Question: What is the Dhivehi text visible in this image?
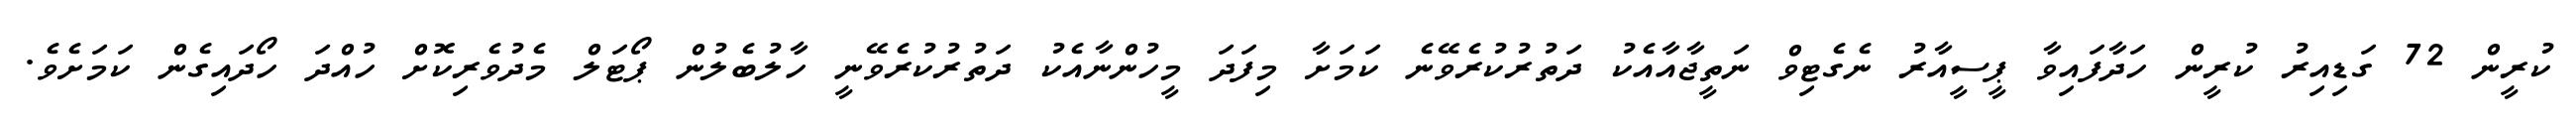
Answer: ކުރީން 72 ގަޑިއިރު ކުރީން ހަދާފައިވާ ޕީސީއާރު ނެގެޓިވް ނަތީޖާއާއެކު ދަތުރުކުރެވޭނެ ކަމަށާ މިފަދަ މީހުންނާއެކު ދަތުރުކުރެވޭނީ ހާލުބެލުން ޕޯޓަލް މެދުވެރިކޮށް ހުއްދަ ހޯދައިގެން ކަމަށެވެ.